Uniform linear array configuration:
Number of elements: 48
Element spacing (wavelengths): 0.75
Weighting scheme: blackman
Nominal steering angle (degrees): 15
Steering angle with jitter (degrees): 15.133
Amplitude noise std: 0.05
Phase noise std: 0.05

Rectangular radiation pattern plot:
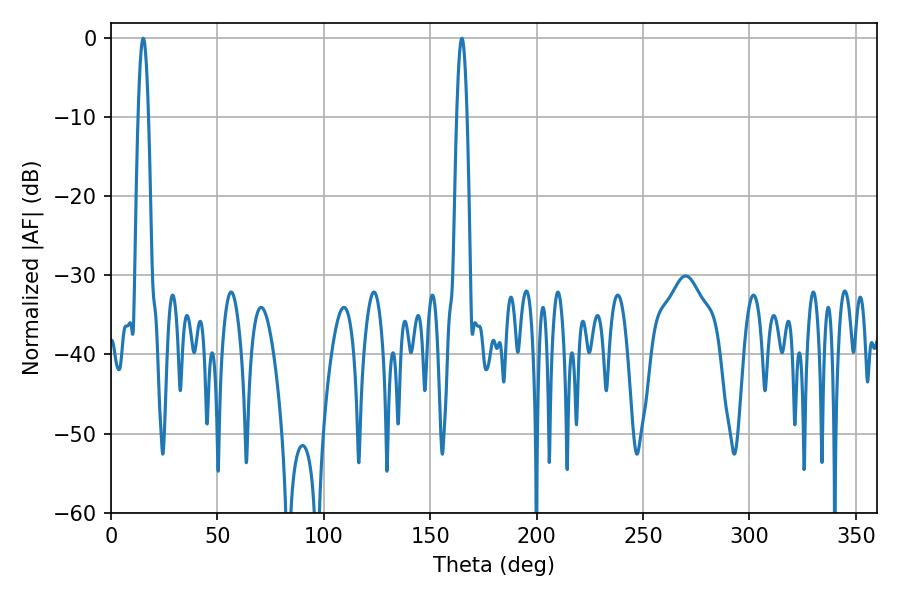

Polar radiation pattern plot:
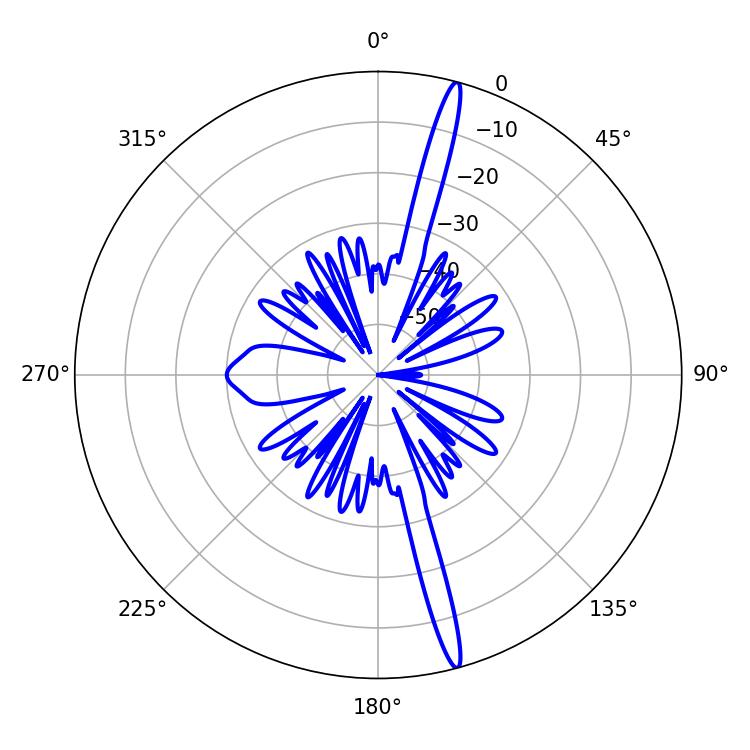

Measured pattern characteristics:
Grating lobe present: TRUE
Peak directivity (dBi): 18.793
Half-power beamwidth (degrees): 2.52
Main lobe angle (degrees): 15.12